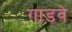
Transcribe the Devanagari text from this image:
गाडवे